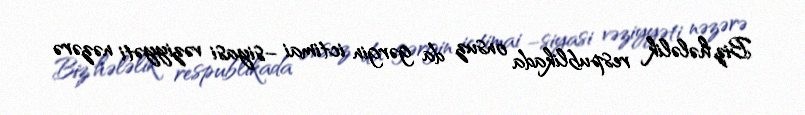
Biz hələlik respublikada onsuz da gərgin ictimai –siyasi vəziyyəti nəzərə